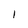
Character: I